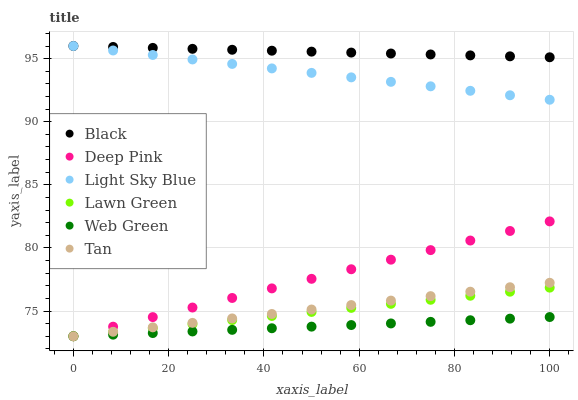
| xaxis_label | Black | Deep Pink | Light Sky Blue | Lawn Green | Web Green | Tan |
 | --- | --- | --- | --- | --- | --- | --- |
 | 0 | 96 | 73 | 96 | 73 | 73 | 73 |
 | 8.33 | 95.9 | 73.8 | 95.6 | 73.3 | 73.1 | 73.4 |
 | 16.7 | 95.9 | 74.5 | 95.3 | 73.6 | 73.3 | 73.7 |
 | 25 | 95.8 | 75.3 | 94.9 | 74 | 73.4 | 74.1 |
 | 33.3 | 95.7 | 76 | 94.6 | 74.3 | 73.5 | 74.4 |
 | 41.7 | 95.6 | 76.8 | 94.2 | 74.6 | 73.6 | 74.8 |
 | 50 | 95.6 | 77.6 | 93.9 | 74.9 | 73.8 | 75.1 |
 | 58.3 | 95.5 | 78.3 | 93.5 | 75.2 | 73.9 | 75.5 |
 | 66.7 | 95.4 | 79.1 | 93.2 | 75.6 | 74 | 75.8 |
 | 75 | 95.3 | 79.8 | 92.8 | 75.9 | 74.1 | 76.2 |
 | 83.3 | 95.3 | 80.6 | 92.5 | 76.2 | 74.3 | 76.5 |
 | 91.7 | 95.2 | 81.3 | 92.1 | 76.5 | 74.4 | 76.9 |
 | 100 | 95.1 | 82.1 | 91.7 | 76.9 | 74.5 | 77.2 |